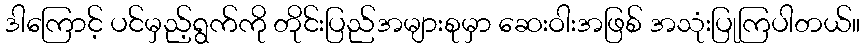
ဒါကြောင့် ပင်မှည့်ရွက်ကို တိုင်းပြည်အများစုမှာ ဆေးဝါးအဖြစ် အသုံးပြုကြပါတယ်။